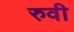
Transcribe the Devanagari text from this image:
रुवी